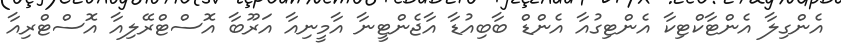
އެންގިލާ އެންޓާކްޓިކާ އެންޓިގުއާ އެންޑް ބާބިއުޑާ އާޖެންޓީނާ އާމީނިއާ އަރޫބާ އޮސްޓްރޭލިއާ އޮސްޓްރިއާ